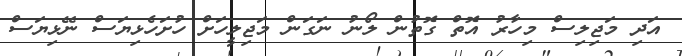
އަދި މަޖިލިސް މިހާރު އޮތް ގޮތުން ލޯނު ނަގަން މަޖިލީހަށް ހުށަހެޅިޔަސް ނޭޅިޔަސް